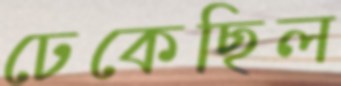
ঢেকেছিল